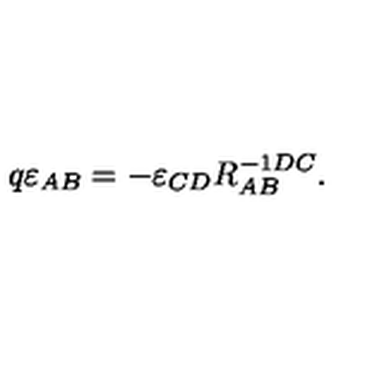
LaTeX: q \varepsilon _ { A B } = - \varepsilon _ { C D } R _ { A B } ^ { - 1 D C } .